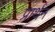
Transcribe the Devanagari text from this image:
प्रार्थन